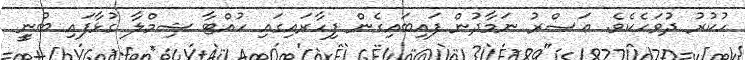
ހުކުރު ދުވަހެކެވެ. ޢަޞްރު ނަމާދުން ފައިބައިގެން ފިހާރައިގައި ހުއްޓާ ޝިމްލާ ގުޅާފައި ބުނީީ